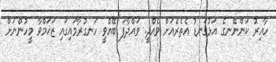
ހާއިރު ކަންނޭނގެ އަޅުުގަނޑު އެތެރެއަށް ވެއްދީ. ވައްދާފަ ބޭއްވީ ހަނގުރާމައިގައި ޒަޚަމްވާ މީހުންނަށް